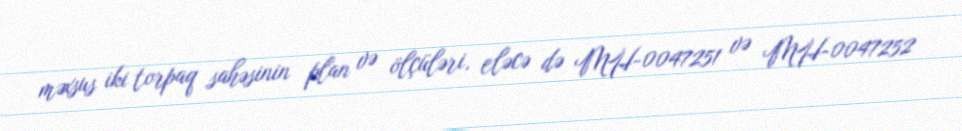
məxsus iki torpaq sahəsinin plan və ölçüləri, eləcə də MH-0047251 və MH-0047252